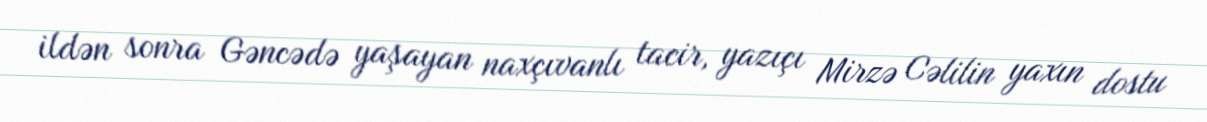
ildən sonra Gəncədə yaşayan naxçıvanlı tacir, yazıçı Mirzə Cəlilin yaxın dostu